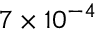
7 \times 1 0 ^ { - 4 }